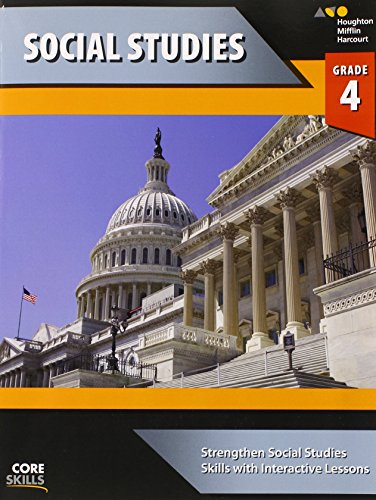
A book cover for Steck-Vaughn Core Skills Social Studies: Workbook Grade 4; STECK-VAUGHN; Sports & Outdoors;